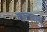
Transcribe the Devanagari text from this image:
कानवला